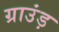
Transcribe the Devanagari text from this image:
ग्राउंड़